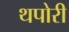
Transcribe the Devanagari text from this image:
थपोरी